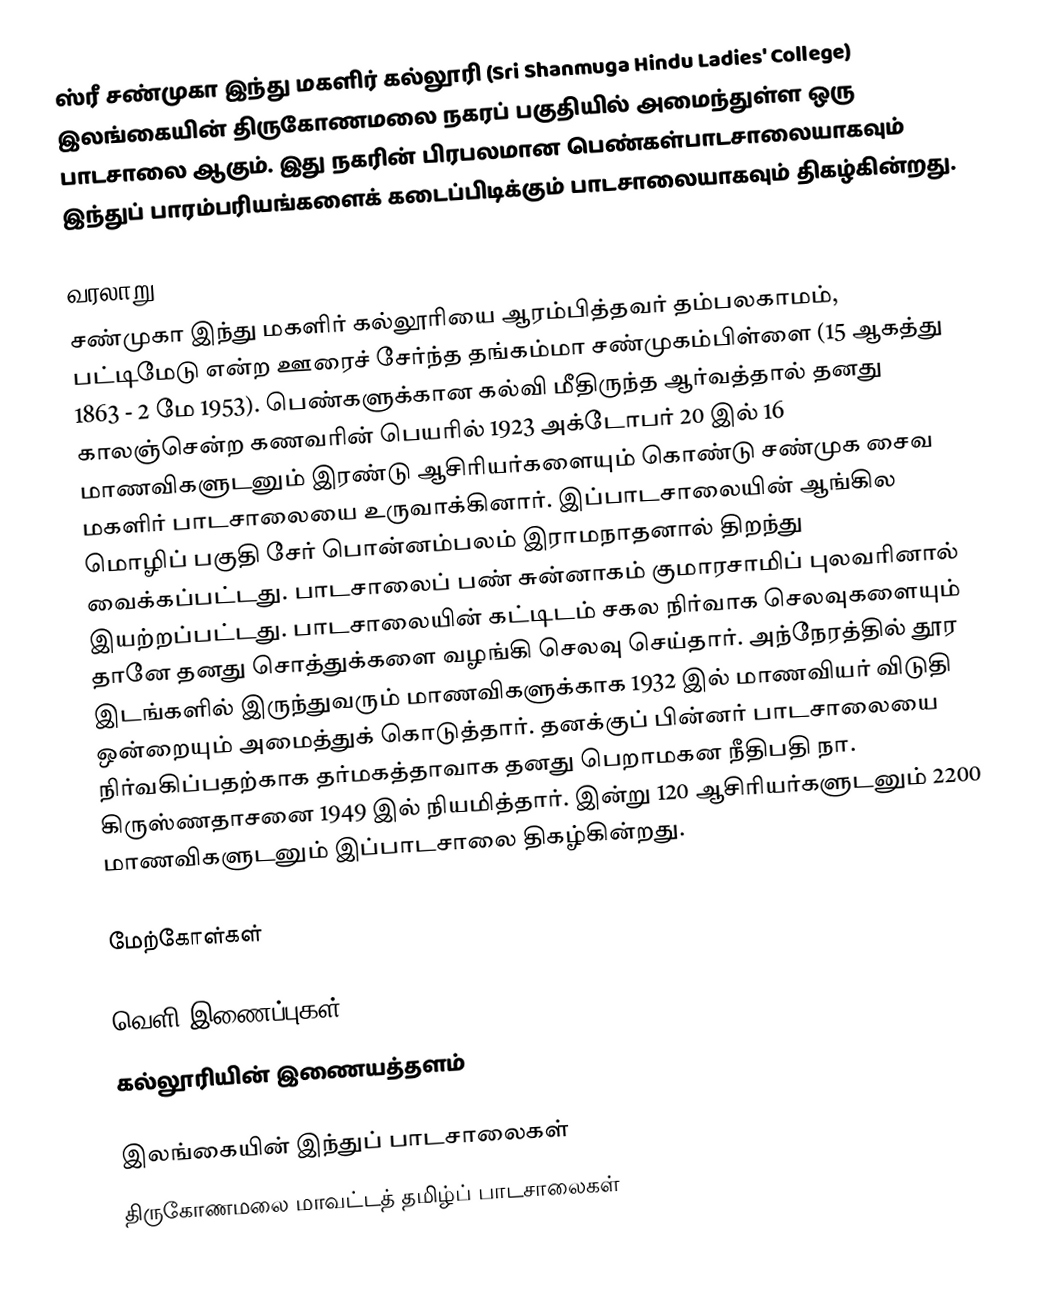
ஸ்ரீ சண்முகா இந்து மகளிர் கல்லூரி (Sri Shanmuga Hindu Ladies' College) இலங்கையின் திருகோணமலை நகரப் பகுதியில் அமைந்துள்ள ஒரு பாடசாலை ஆகும். இது நகரின் பிரபலமான பெண்கள்பாடசாலையாகவும் இந்துப் பாரம்பரியங்களைக் கடைப்பிடிக்கும் பாடசாலையாகவும் திகழ்கின்றது.

வரலாறு
சண்முகா இந்து மகளிர் கல்லூரியை ஆரம்பித்தவர் தம்பலகாமம், பட்டிமேடு என்ற ஊரைச் சேர்ந்த தங்கம்மா சண்முகம்பிள்ளை (15 ஆகத்து 1863 - 2 மே 1953). பெண்களுக்கான கல்வி மீதிருந்த ஆர்வத்தால் தனது காலஞ்சென்ற கணவரின் பெயரில் 1923 அக்டோபர் 20 இல் 16 மாணவிகளுடனும் இரண்டு ஆசிரியர்களையும் கொண்டு சண்முக சைவ மகளிர் பாடசாலையை உருவாக்கினார். இப்பாடசாலையின் ஆங்கில மொழிப் பகுதி சேர் பொன்னம்பலம் இராமநாதனால் திறந்து வைக்கப்பட்டது. பாடசாலைப் பண் சுன்னாகம் குமாரசாமிப் புலவரினால் இயற்றப்பட்டது. பாடசாலையின் கட்டிடம் சகல நிர்வாக  செலவுகளையும் தானே தனது சொத்துக்களை வழங்கி செலவு செய்தார். அந்நேரத்தில் தூர இடங்களில் இருந்துவரும் மாணவிகளுக்காக 1932 இல் மாணவியர் விடுதி ஒன்றையும் அமைத்துக் கொடுத்தார். தனக்குப் பின்னர் பாடசாலையை நிர்வகிப்பதற்காக தர்மகத்தாவாக தனது பெறாமகன நீதிபதி நா. கிருஸ்ணதாசனை 1949 இல் நியமித்தார். இன்று 120 ஆசிரியர்களுடனும் 2200 மாணவிகளுடனும் இப்பாடசாலை திகழ்கின்றது.

மேற்கோள்கள்

வெளி இணைப்புகள்
 கல்லூரியின் இணையத்தளம்

இலங்கையின் இந்துப் பாடசாலைகள்
திருகோணமலை மாவட்டத் தமிழ்ப் பாடசாலைகள்